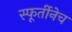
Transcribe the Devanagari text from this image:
स्फूर्तीनेच